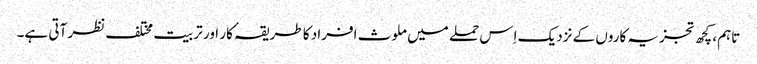
تاہم، کچھ تجزیہ کاروں کے نزدیک اِس حملے میں ملوث افراد کا طریقہٴ کار اور تربیت مختلف نظر آتی ہے۔